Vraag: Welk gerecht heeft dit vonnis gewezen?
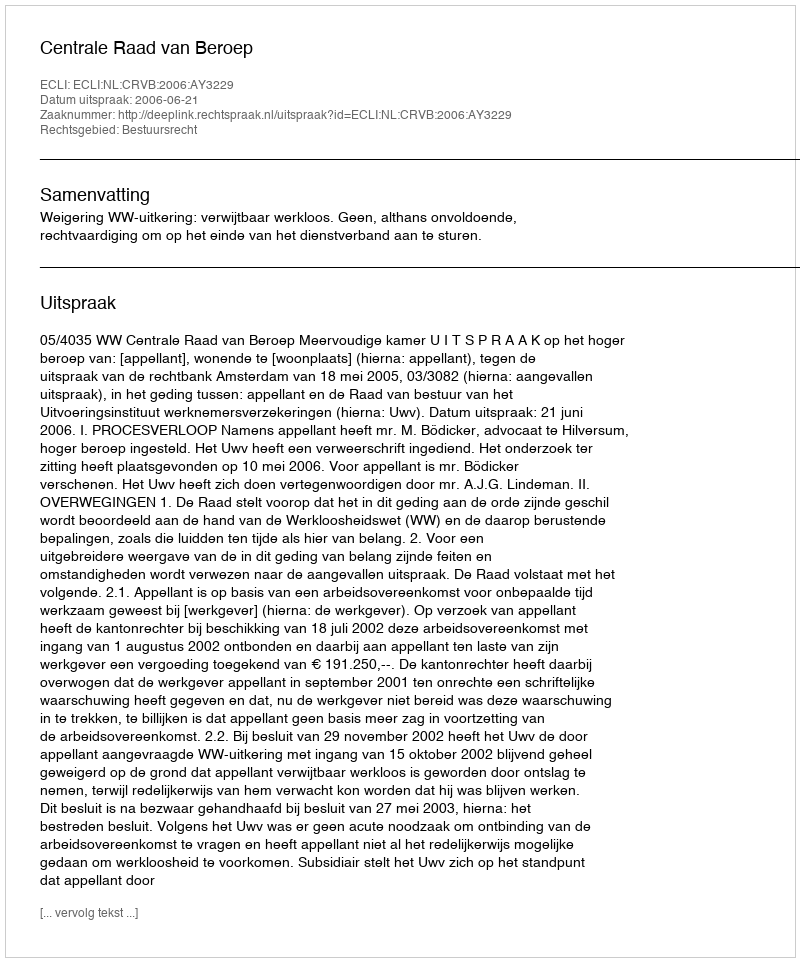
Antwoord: Centrale Raad van Beroep